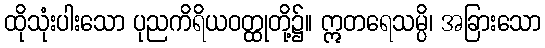
ထိုသုံးပါးသော ပုညကိရိယဝတ္ထုတို့၌။ ဣတရေသမ္ပိ၊ အခြားသော